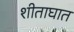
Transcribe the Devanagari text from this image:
शीताघात